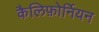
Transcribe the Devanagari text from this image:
कैलिफ़ोर्नियन